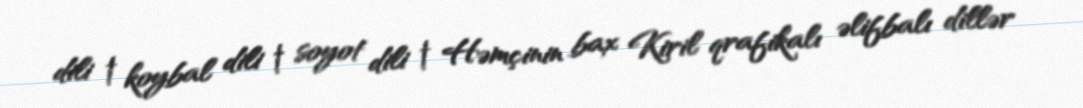
dili † koybal dili † soyot dili † Həmçinin bax Kiril qrafikalı əlifbalı dillər